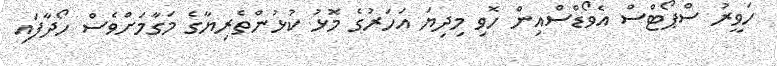
ހަވީރު ސްޕޯޓްސް އެވޯޑްސްއިން ހޮވި މިދިޔަ އަހަރުގެ މޮޅު ކުޅުންތެރިޔާގެ މަގާމަށްވެސް ހޯދާފައި